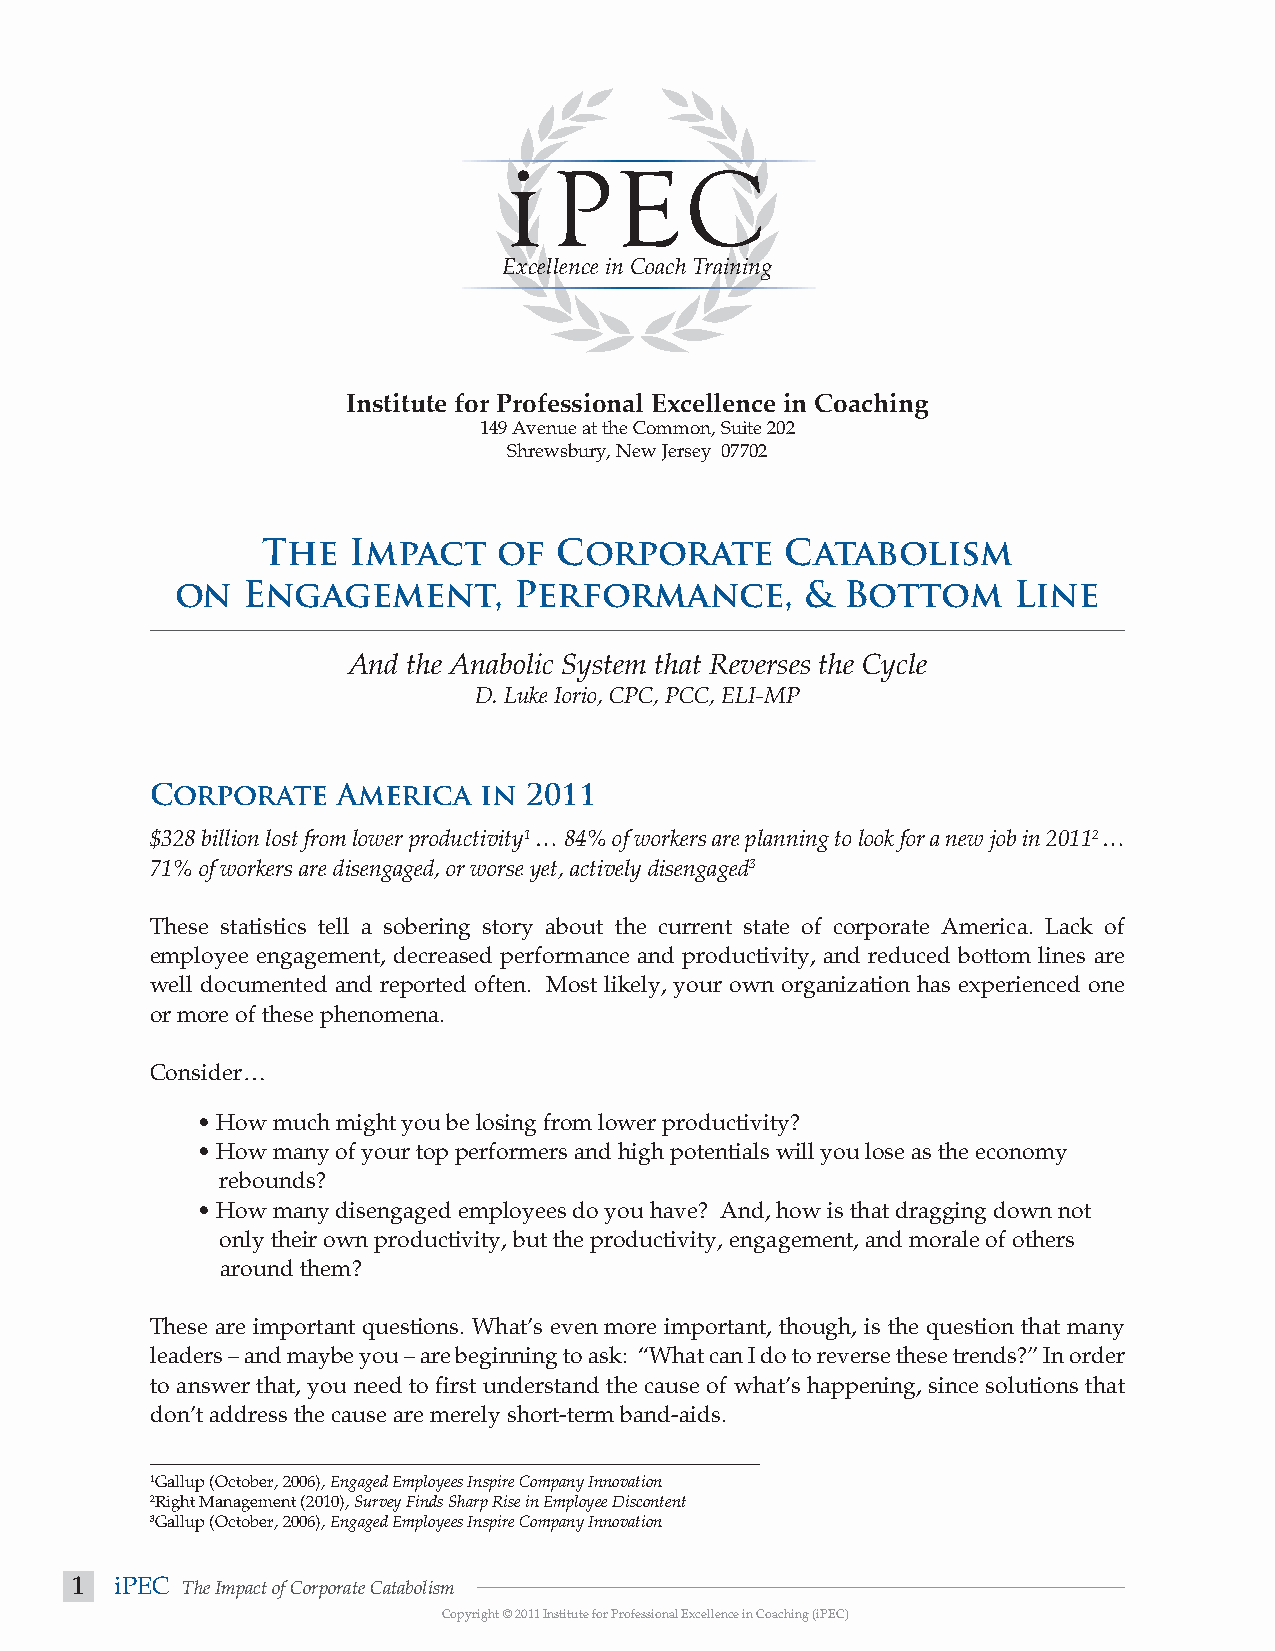
Excellence in Coach Training
 Institute for Professional Excellence in Coaching
 149 Avenue at the Common, Suite 202
 Shrewsbury, New Jersey 07702
 The   Impact    of  Corporate      Catabolism
 on  Engagement,       Performance,       &  Bottom     Line
 And the Anabolic System that Reverses the Cycle
 D. Luke Iorio, CPC, PCC, ELI-MP
 Corporate   America   in 2011
 $328 billion lost from lower productivity1 … 84% of workers are planning to look for a new job in 20112 …
 71% of workers are disengaged, or worse yet, actively disengaged3
 These statistics tell a sobering story about the current state of corporate America. Lack of
 employee engagement, decreased performance and productivity, and reduced bottom lines are
 well documented and reported often. Most likely, your own organization has experienced one
 or more of these phenomena.
 Consider…
 • How much might you be losing from lower productivity?
 • How many of your top performers and high potentials will you lose as the economy
 rebounds?
 • How many disengaged employees do you have? And, how is that dragging down not
 only their own productivity, but the productivity, engagement, and morale of others
 around them?
 These are important questions. What’s even more important, though, is the question that many
 leaders – and maybe you – are beginning to ask: “What can I do to reverse these trends?” In order
 to answer that, you need to first understand the cause of what’s happening, since solutions that
 don’t address the cause are merely short-term band-aids.
 1Gallup (October, 2006), Engaged Employees Inspire Company Innovation
 2Right Management (2010), Survey Finds Sharp Rise in Employee Discontent
 3Gallup (October, 2006), Engaged Employees Inspire Company Innovation
 1  iPEC The Impact of Corporate Catabolism
 Copyright © 2011 Institute for Professional Excellence in Coaching (iPEC)